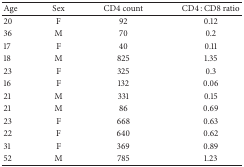
| Age | Sex | CD4 count | CD4 : CD8 ratio |
 | --- | --- | --- | --- |
 | 20 | F | 92 | 0.12 |
 | 36 | M | 70 | 0.2 |
 | 17 | F | 40 | 0.11 |
 | 18 | M | 825 | 1.35 |
 | 23 | F | 325 | 0.3 |
 | 16 | F | 132 | 0.06 |
 | 21 | M | 331 | 0.15 |
 | 21 | M | 86 | 0.69 |
 | 23 | F | 668 | 0.63 |
 | 22 | F | 640 | 0.62 |
 | 31 | F | 369 | 0.89 |
 | 52 | M | 785 | 1.23 |